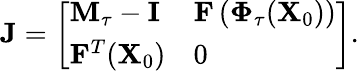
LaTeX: \mathbf{J}=\left[\begin{array}{ll}{\mathbf{M}_{\tau}-\mathbf{I}}&{\mathbf{F}\left(\boldsymbol{\Phi}_{\tau}(\mathbf{X}_{0})\right)}\\ {\mathbf{F}^{T}(\mathbf{X}_{0})}&{0}\end{array}\right].